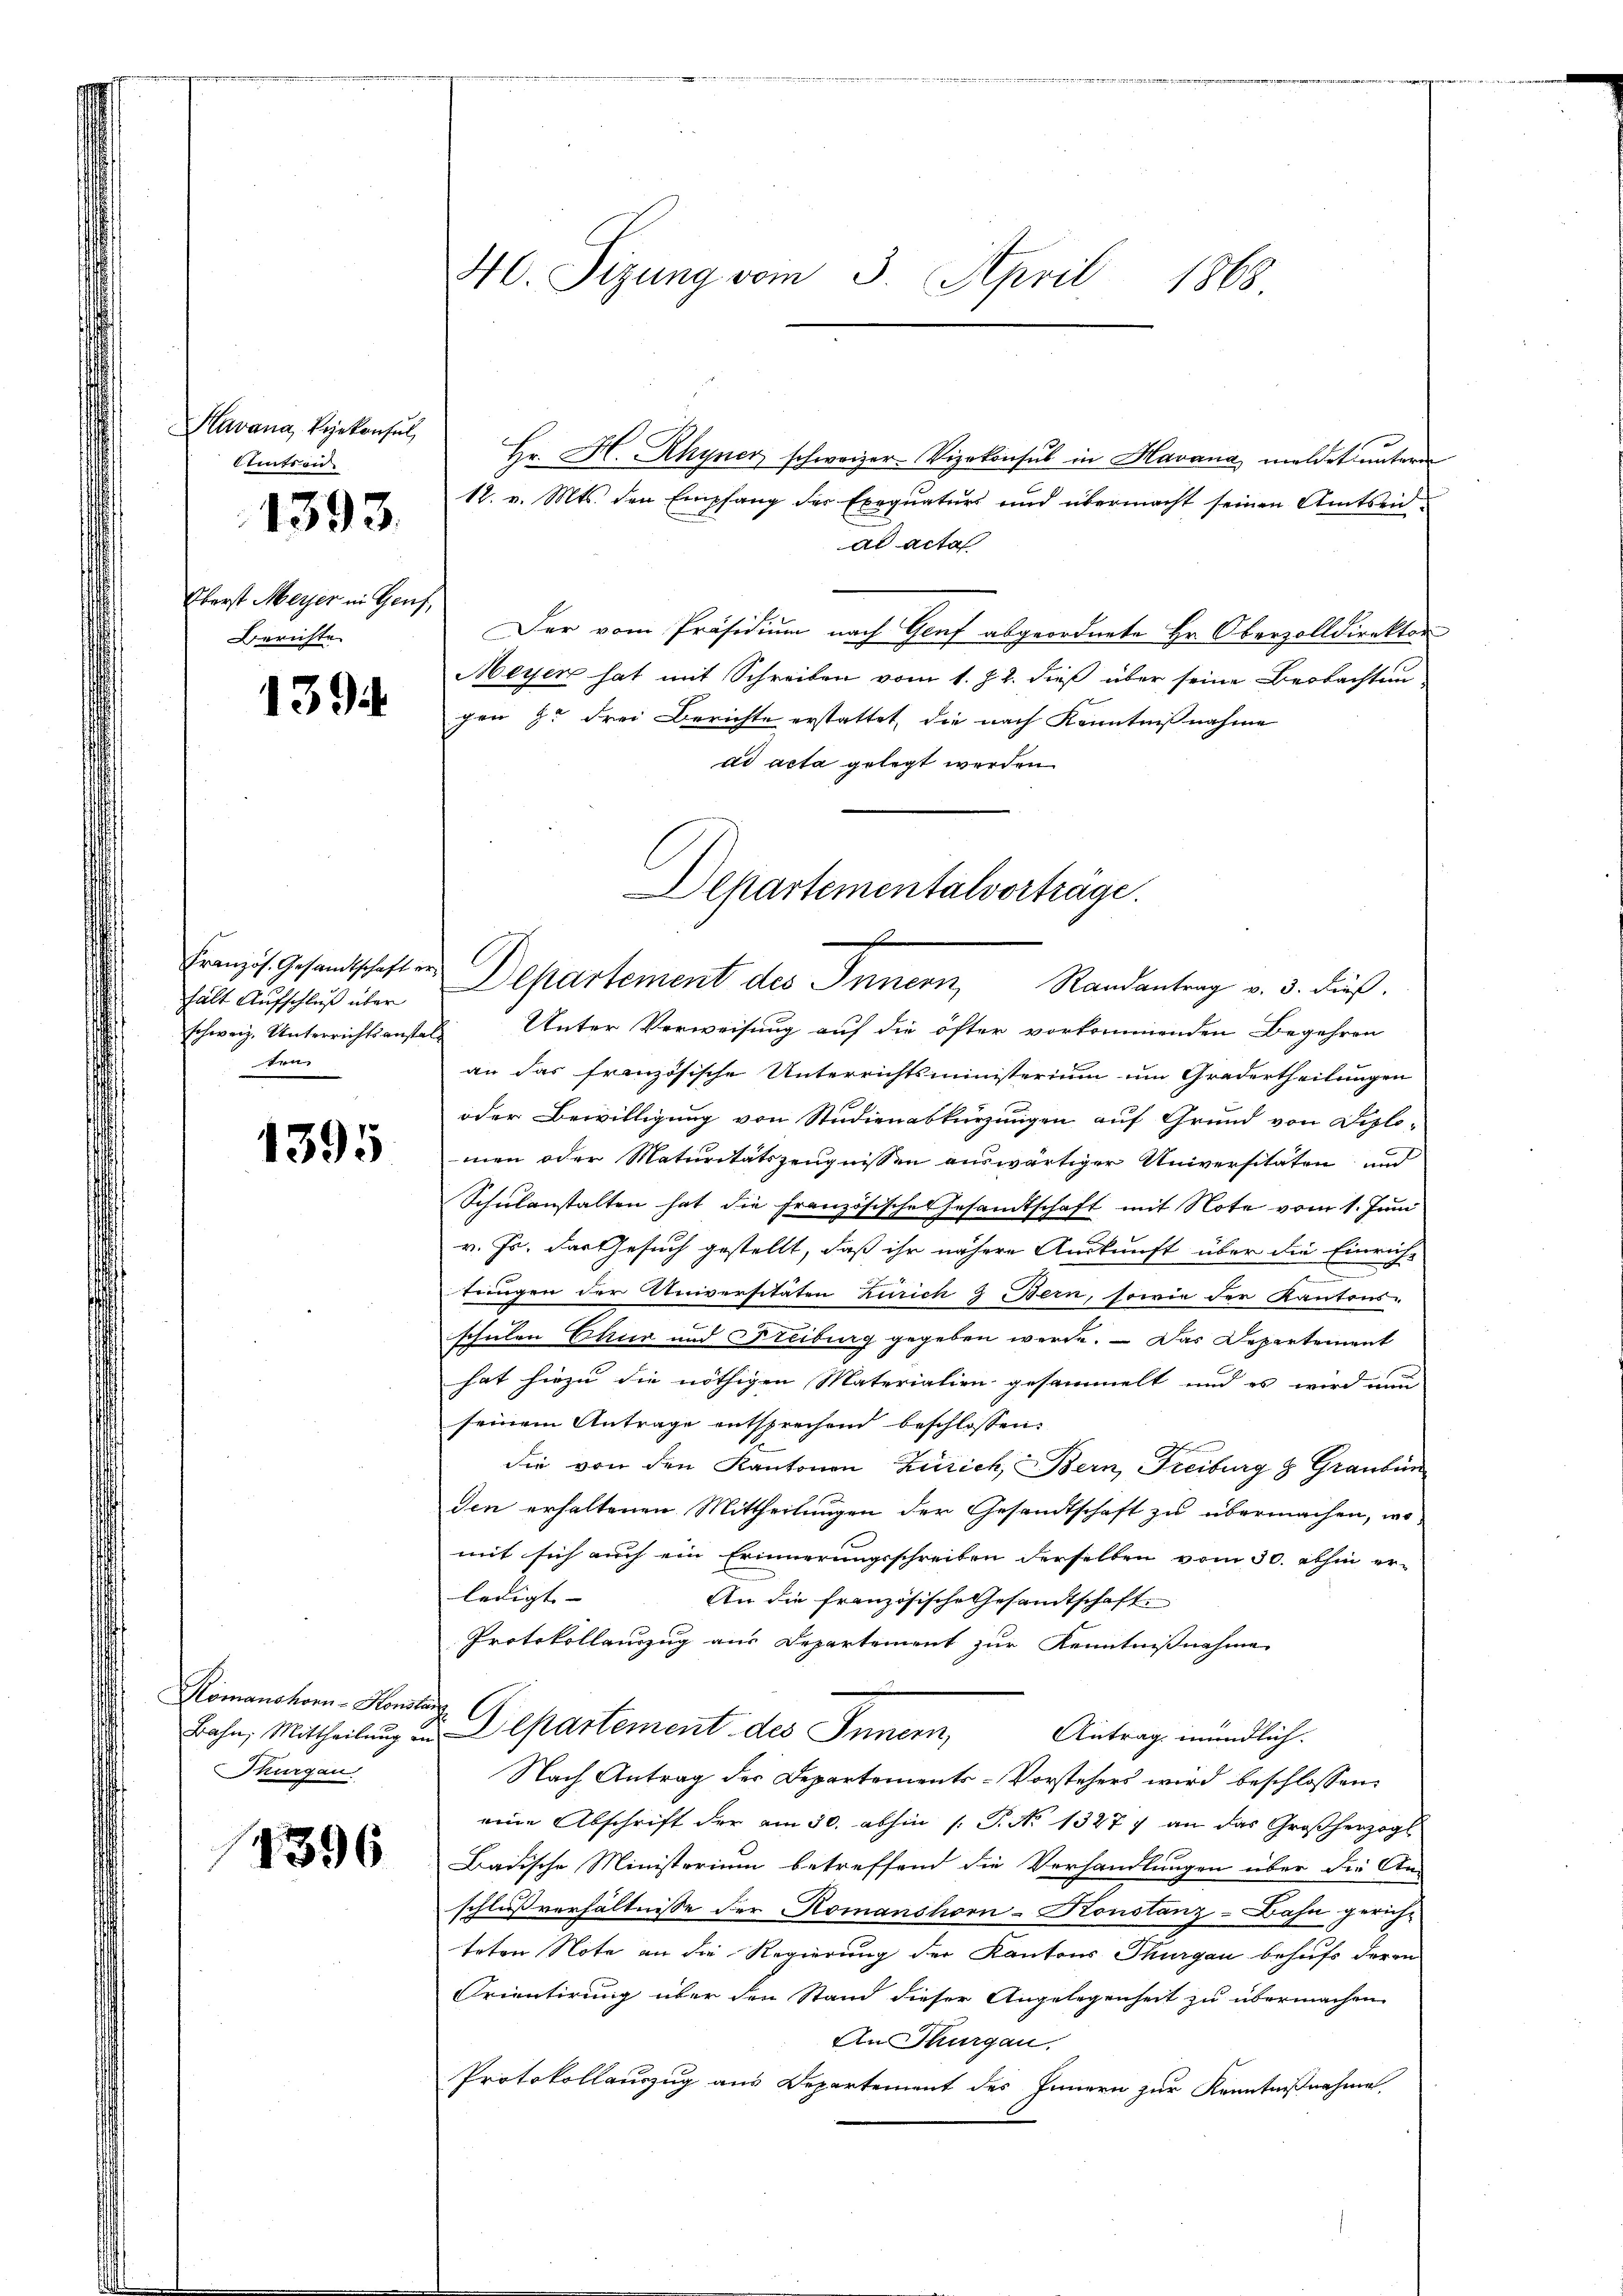
Havana, Vriekonsul,
eitten.
Oberst Meyer in Genf,
Berichte

1393.

139

hält Aufschluß über
schweiz. Unterrichtsanstal¬
Ben

1395

Komanshor-Konstan
Thurgau

1396

40. Sizung vom 3. April 1868.

Hr. H. Rhyner schweizer-Vizekonsul in Havana meldet untern
12. v. Mts. den Empfang der Exequaturs und übermacht seinen Amtseidal acta
Der vom Präsidium nach Genf abgeordnete Hr. Oberzolldirektor
Meyer hat mit Schreiben vom 1. J. 2. dieß über seine Beobachten
gen 9. Frei Berichte erstattet, die nach Kenntnißnahme
ad acta gelegt werden.
Unter Verweisung auf die öfter vorkommenden Begehren
an das französische Unterrichtsministerium um Gradertheilungen
oder Bewilligung von Studienabkürzungen auf Grund von Diplo-
men oder Maturitätszeugnissen auswärtiger Universitäten und
Schulanstalten hat die Französische Gesandtschaft mit Note vom 1. Juni
v. Js. das Gesuch gestellt, daß ihr nähere Auskunft über die Einrich-
d
tringen der Universitäten Zürich 9 Bern, sowie der Kantons
schulen Chur und Freiburg gegeben werde. — Das Departement
hat hiezu die nöthigen Materialien gesammelt und es wird nun
seinem Antrage entsprechend beschlossen:
die von den Kantonen Zürich, Bern, Freiburg 3 Graubün
den erhaltenen Mittheilungen der Gesandtschaft zu übermachen, womit sich auch ein Erinnerungsschreiben derselben vom 30. abhin er-
ledigt |
An die französische Gesandtschaft
Protokollanzug aus Departement zur Kenntnißnahme
Bahn, Mittheilung in Departement des Innern,
Antrag mündlich.
Nach Antrag der Departements-Vorstehers wird beschlossen:
eine Abschrift der am 30. abhin 1 S. No 1327) an das Großherzogl
Badische Ministerium betreffend die Verhandlungen über die An-
schlußverhältnisse der Romanshorn-Konstanz-Bahn gericht
teten Note an die Regierung der Kantons Thurgau behufs deren
Orientirung über den Stand dieser Angelegenheit zu übermachen
An Thurgau.
Protokollauszug aus Departement des Innern zur Kenntnißnahme

Departementalvorträge.
.
Französ. Gesandtschaften Departement des Innern Randantrag v. 3. dieß.